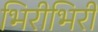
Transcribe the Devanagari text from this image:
भिरीभिरी